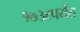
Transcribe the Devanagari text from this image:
१७३८पर्यंत